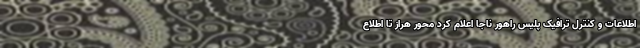
اطلاعات و کنترل ترافیک پلیس راهور ناجا اعلام کرد محور هراز تا اطلاع